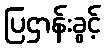
ပြဌာန်းခွင့်